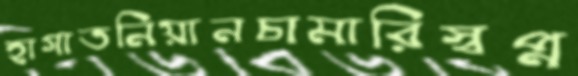
হাগাতনিয়ানচামারিস্বপ্ন